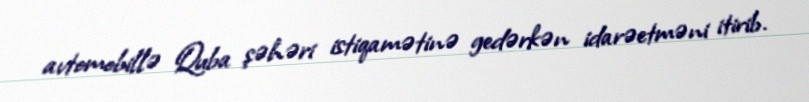
avtomobillə Quba şəhəri istiqamətinə gedərkən idarəetməni itirib.